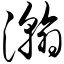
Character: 瀚